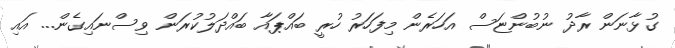
ގުޅާނަން ރާދު ނުބުންޏަސް އަހަރެން މިފަހަރު ހުރީ ބައްޕައާ ބައްދަލުކުރަން ވިސްނައިގެން... އައި